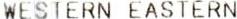
WESTERN EASTERN